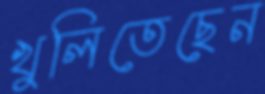
খুলিতেছেন